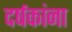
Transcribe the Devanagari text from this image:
दर्षकांना